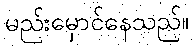
မည်းမှောင်နေသည်။